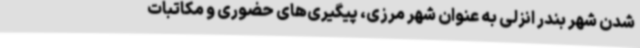
شدن شهر بندر انزلی به عنوان شهر مرزی، پیگیری‌های حضوری و مکاتبات